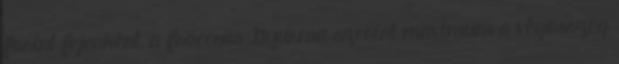
forint fejenként, a fröccsös Gyurma szerint maximum a végösszeg